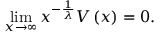
\operatorname* { l i m } _ { x \rightarrow \infty } x ^ { - \frac { 1 } { \lambda } } V \left( x \right) = 0 .